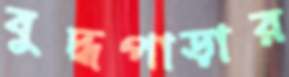
বুদ্ধপাড়ার